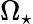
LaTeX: \Omega_{\star}